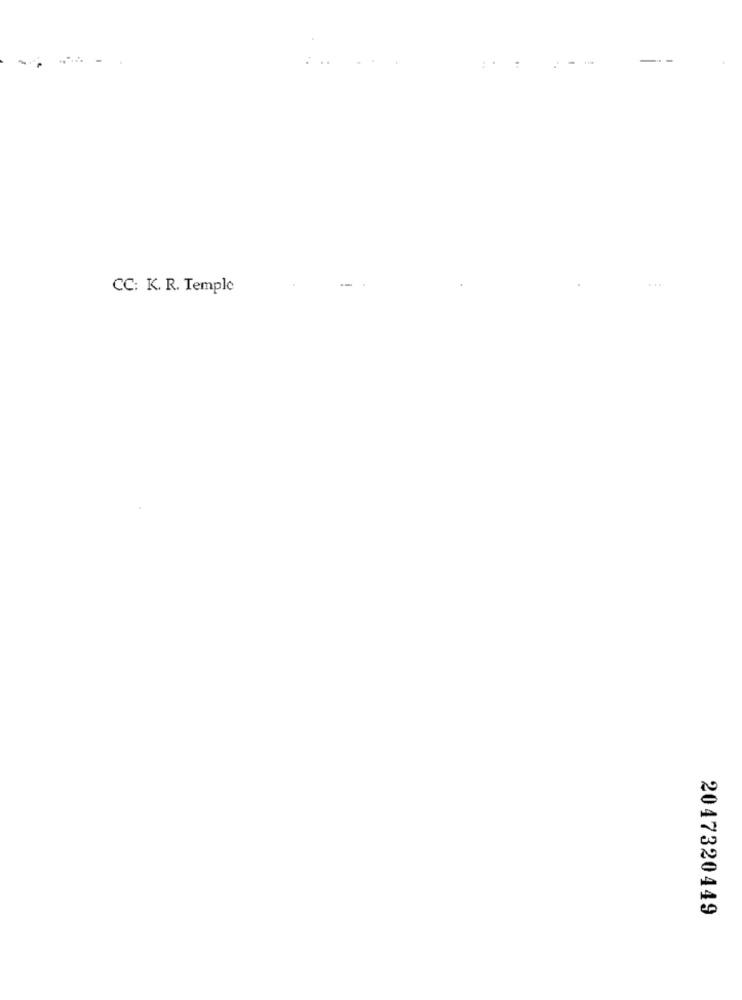
-
-- -
CC: K. R. Temple
2047320449